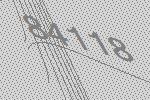
84118